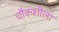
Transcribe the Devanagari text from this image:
चौकशीला